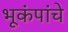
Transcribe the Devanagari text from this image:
भूकंपांचे